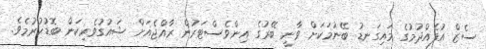
ސެޒް އުފެއްދުމުގެ މައިގަނޑު ބޭނުމަކަށް ވާނީ ބޭރުގެ އިންވެސްޓަރުން ރާއްޖެއަށް ޝައުގުވެރިކަން ބޮޑުކުރުމެވެ.